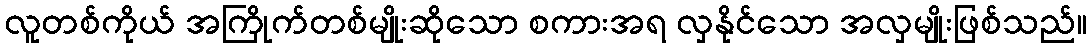
လူတစ်ကိုယ် အကြိုက်တစ်မျိုးဆိုသော စကားအရ လှနိုင်သော အလှမျိုးဖြစ်သည်။